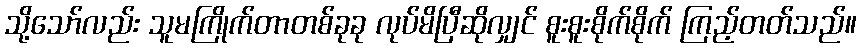
သို့သော်လည်း သူမကြိုက်တာတစ်ခုခု လုပ်မိပြီဆိုလျှင် စူးစူးစိုက်စိုက် ကြည့်တတ်သည်။